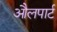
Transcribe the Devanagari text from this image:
औलपार्ट